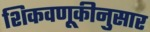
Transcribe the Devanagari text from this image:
शिकवणूकीनुसार